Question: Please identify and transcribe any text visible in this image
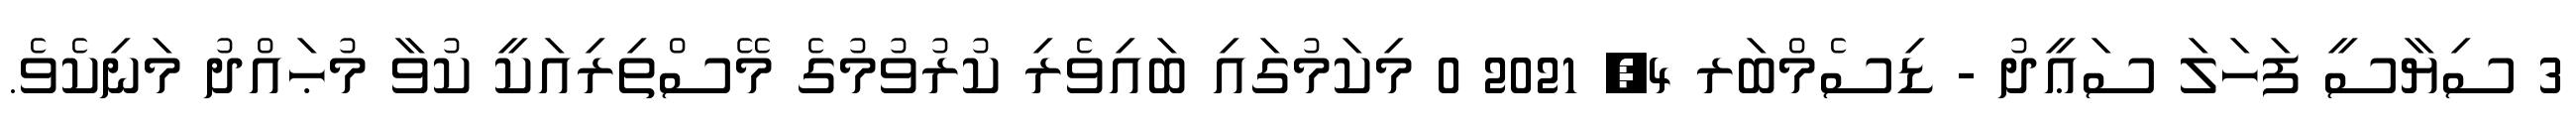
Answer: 3 ސިޔާސީ ފަހަލަ ސަޢީދު - ޑިސެމްބަރ 4, 2021 0 މިކަމުގައި ބައިވެރި ކުރުވުމުގެ މޭސްތިރިއަކީ ކުވާ މުޙައްދު މަނިކެވެ.